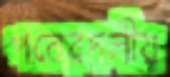
পনেরদলীয়